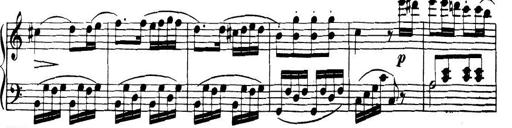
Title: 32 Sonatinas and Rondos for the Piano
Composer: Richard Kleinmichel